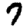
Digit: 7